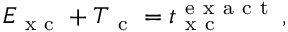
E _ { \mathrm { ~ x ~ c ~ } } + T _ { \mathrm { ~ c ~ } } = t _ { \mathrm { ~ x ~ c ~ } } ^ { \mathrm { ~ e ~ x ~ a ~ c ~ t ~ } } \, ,